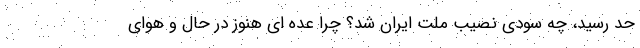
حد رسید، چه سودی نصیب ملت ایران شد؟ چرا عده ای هنوز در حال و هوای